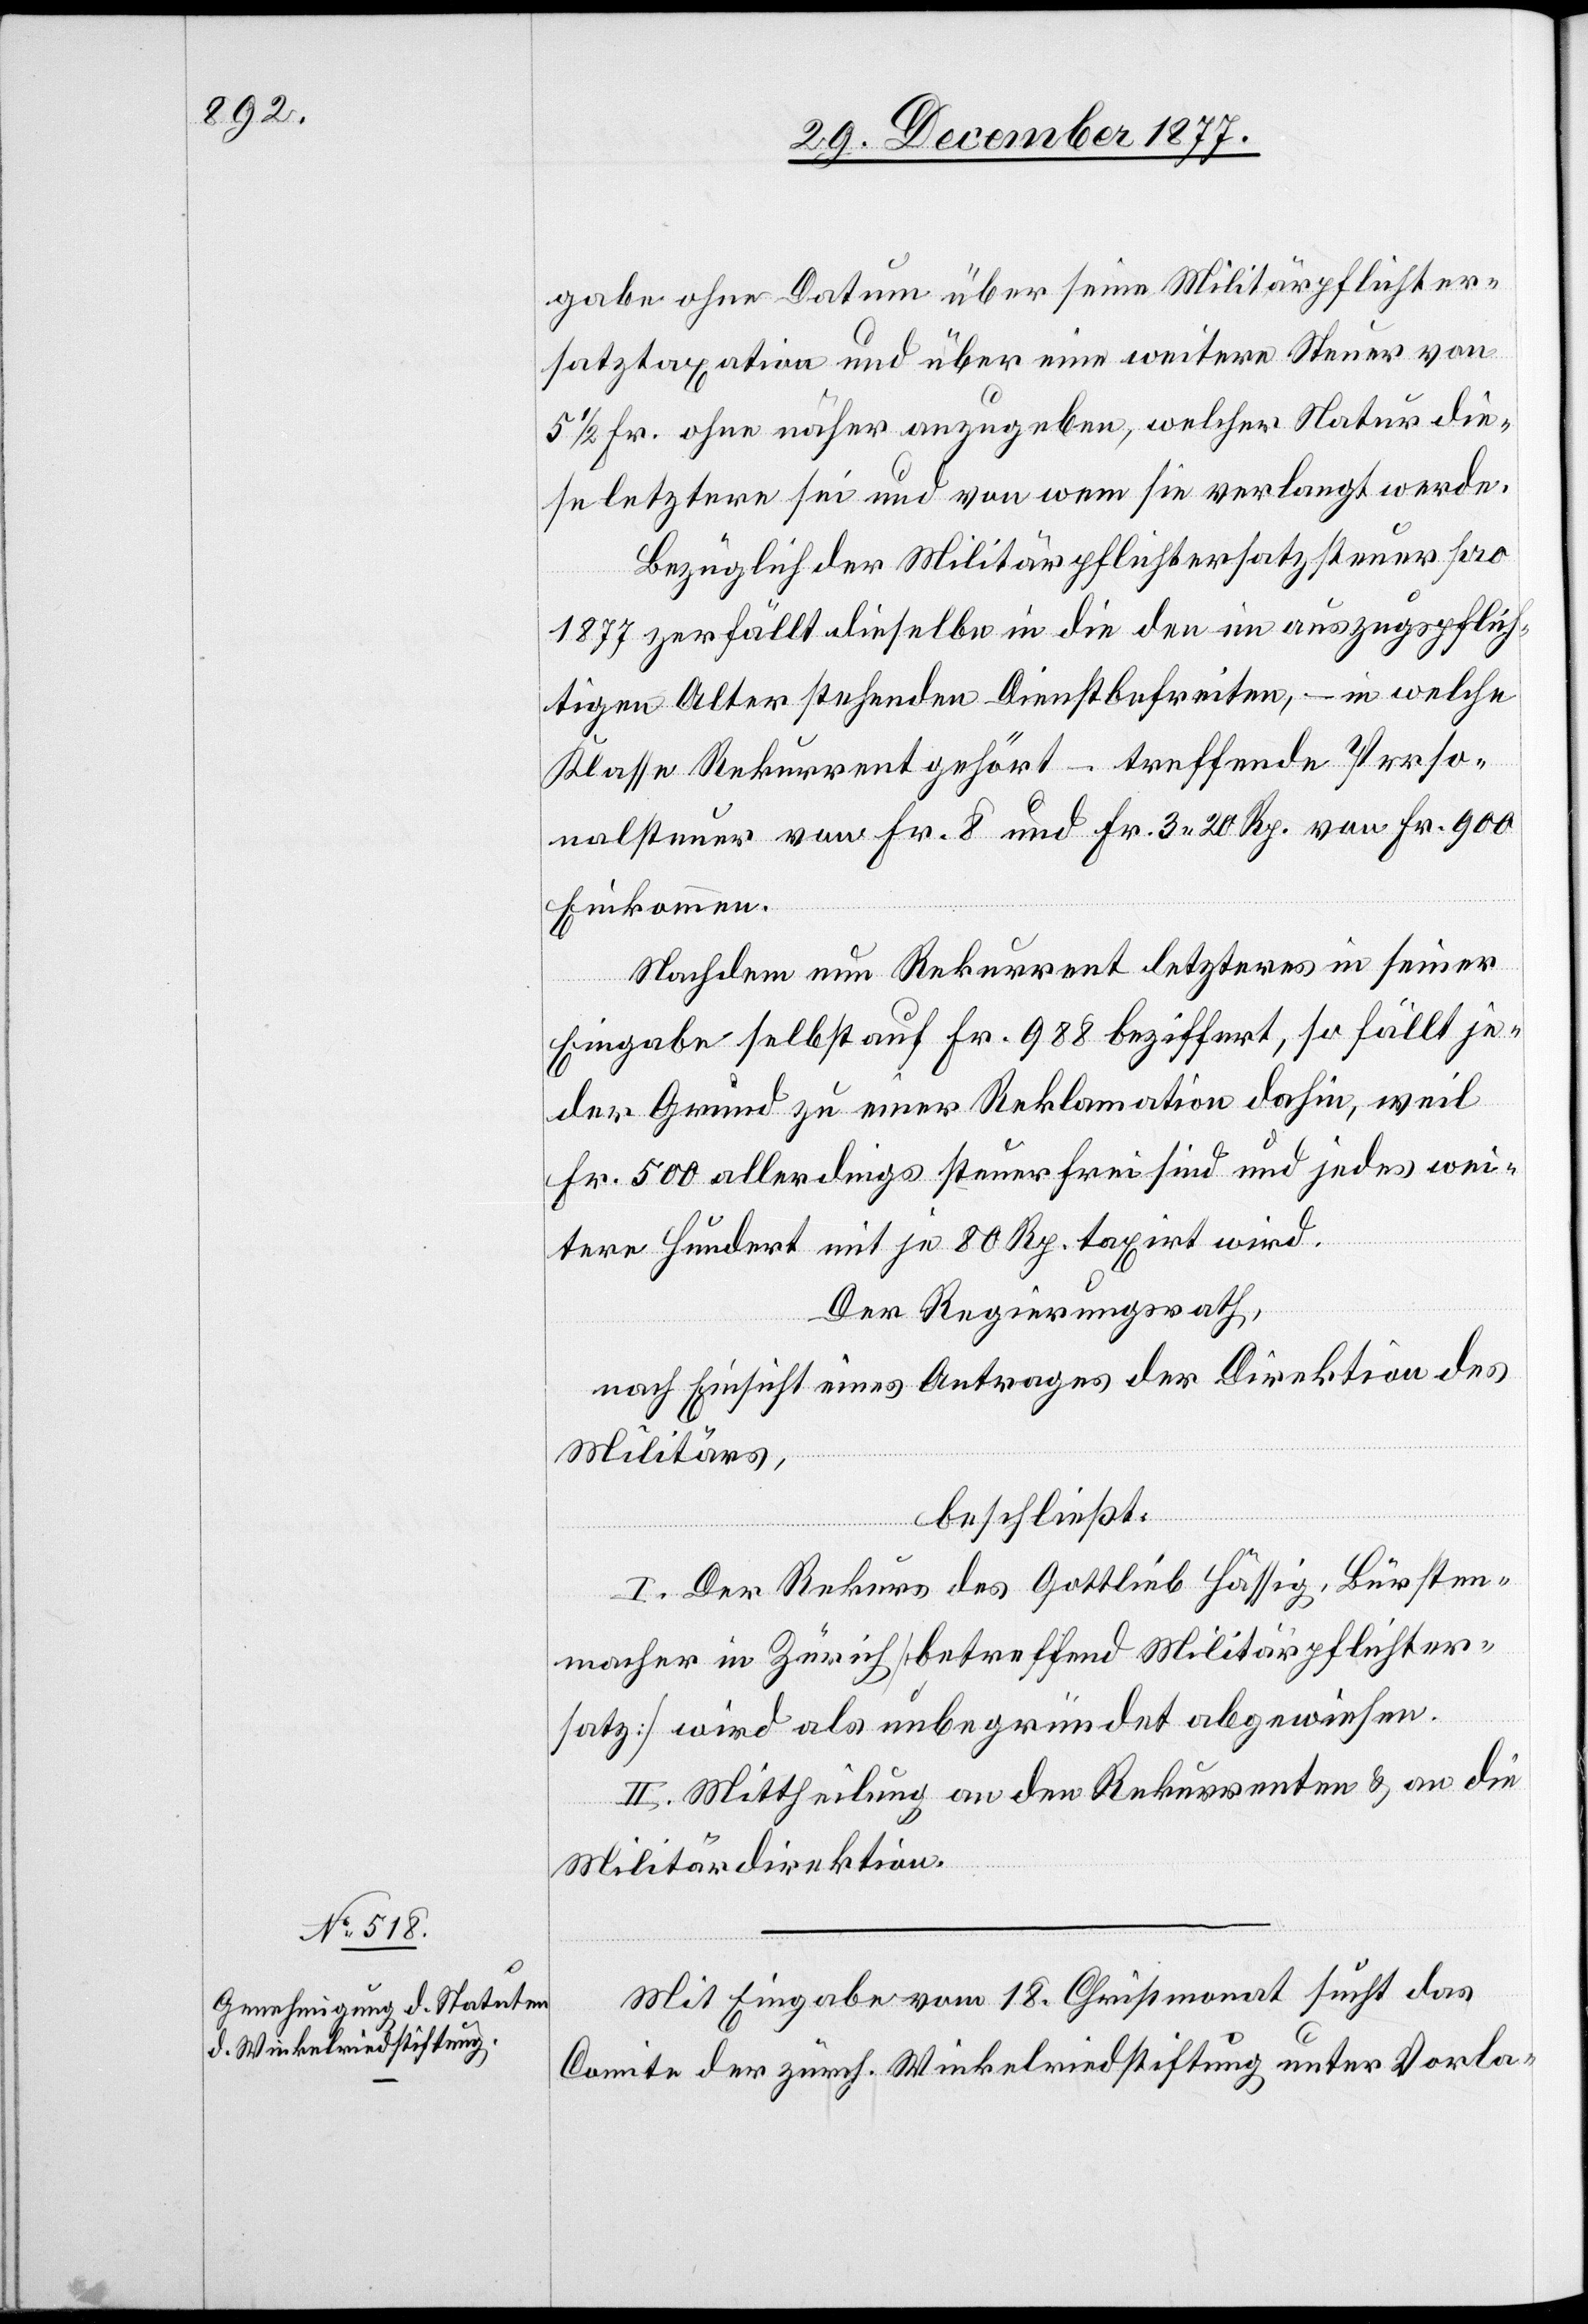
gabe ohne Datum über seine Militärpflichter¬
satztaxation und über eine weitere Steuer von
5 1/2 Fr. ohne näher anzugeben, welcher Natur die¬
se letztere sei und von wem sie verlangt werde.
Bezüglich der Militärpflichtersatzsteuer pro
1877 zerfällt dieselbe in die den im auszugspflich¬
tigen Alter stehenden Dienstbefreiten, – in welche
Klasse Rekurrent gehört – treffende Perso¬
nalsteuer von Fr. 8 und Fr. 3 20 Rp. von Fr. 900
Einkommen.
Nachdem nun Rekurrent letzteres in seiner
Eingabe selbst auf Fr. 988 beziffert, so fällt je¬
der Grund zu einer Reklamation dahin, weil
Fr. 500 allerdings steuerfrei sind und jedes wei¬
tere Hundert mit je 80 Rp. taxirt wird.
Der Regierungsrath,
nach Einsicht eines Antrages der Direktion des
Militärs,
beschließt:
I. Der Rekurs des Gottlieb Hässig, Bürsten¬
macher in Zürich [betreffend Militärpflichter¬
satz] wird als unbegründet abgewiesen.
II. Mittheilung an den Rekurrenten & an die
Militärdirektion.
Mit Eingabe vom 18. Christmonat sucht das
Comite der zürch. Winkelriedstiftung unter Vorla-